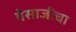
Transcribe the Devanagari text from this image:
येसाजीचा